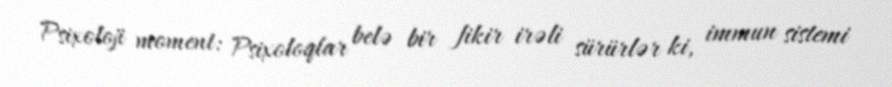
Psixoloji moment: Psixoloqlar belə bir fikir irəli sürürlər ki, immun sistemi